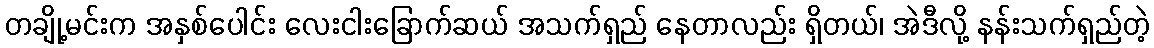
တချို့မင်းက အနှစ်ပေါင်း လေးငါးခြောက်ဆယ် အသက်ရှည် နေတာလည်း ရှိတယ်၊ အဲဒီလို့ နန်းသက်ရှည်တဲ့